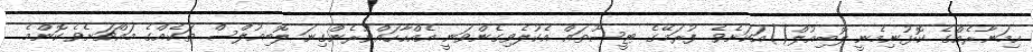
ހިމަނާރެއްގެ ކޮޅުނިމެނީ ލޮބިއުލް()އަކަށެވެ. ފުރަމޭގެ ޓީސޫތައް އެކުލެވިގެންވަނީ އެއްހާހައްވުރެންގިނަ ލޮބިއުލްސް ތަކެއްގެ މައްޗަށެވެ.ކޮންމެ